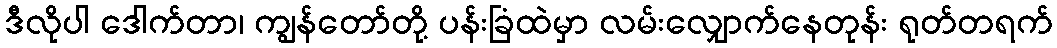
ဒီလိုပါ ဒေါက်တာ၊ ကျွန်တော်တို့ ပန်းခြံထဲမှာ လမ်းလျှောက်နေတုန်း ရုတ်တရက်